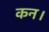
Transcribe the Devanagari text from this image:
कन।